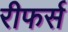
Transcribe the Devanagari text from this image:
रीफर्स